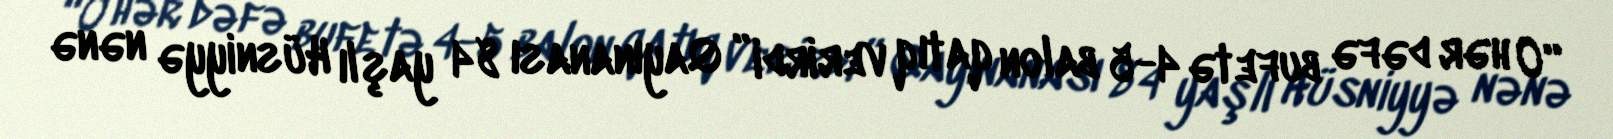
“O hər dəfə bufetə 4-5 balon qatıq verirdi” Qayınanası 84 yaşlı Hüsniyyə nənə